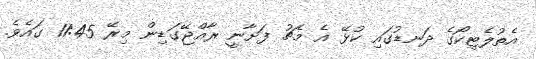
އެތުލެޓިކޯގެ ދަނޑުގައި ކުޅޭ އެ މެޗު ފަށާނީ ރާއްޖޭގަޑިން މިރޭ 11:45 ގައެވެ.